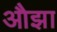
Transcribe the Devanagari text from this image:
औझा